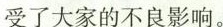
受了大家的不良影响。